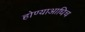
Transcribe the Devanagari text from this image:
होण्याआधिच